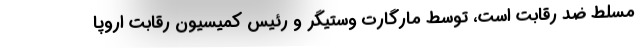
مسلط ضد رقابت است، توسط مارگارت وستیگر و رئیس کمیسیون رقابت اروپا